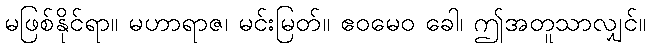
မဖြစ်နိုင်ရာ။ မဟာရာဇ၊ မင်းမြတ်။ ဧဝမေဝ ခေါ၊ ဤအတူသာလျှင်။